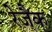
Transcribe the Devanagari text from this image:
रेजैक